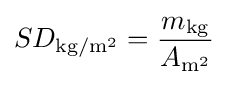
SD_{{\text{kg}}/{\text{m}}^{2}}={\frac {m_{\text{kg}}}{A_{{\text{m}}^{2}}}}